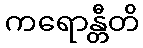
ကရောန္တီတိ